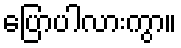
ပြောပါလားကွာ။